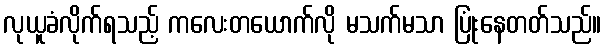
လုယူခံလိုက်ရသည့် ကလေးတယောက်လို မသက်မသာ ပြုံးနေတတ်သည်။